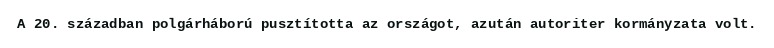
A 20. században polgárháború pusztította az országot, azután autoriter kormányzata volt.